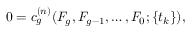
0 = c _ { g } ^ { ( n ) } ( { \cal F } _ { g } , { \cal F } _ { g - 1 } , \ldots , { \cal F } _ { 0 } ; \{ t _ { k } \} ) ,